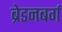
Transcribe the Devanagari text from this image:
ब्रेडनबर्ग